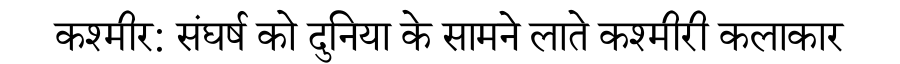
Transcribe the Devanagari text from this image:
कश्मीर: संघर्ष को दुनिया के सामने लाते कश्मीरी कलाकार